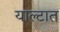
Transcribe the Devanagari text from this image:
याल्टात